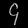
Digit: ၄